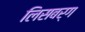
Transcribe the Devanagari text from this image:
लिसबर्ग